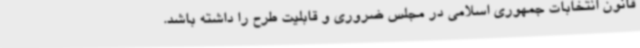
قانون انتخابات جمهوری اسلامی در مجلس ضروری و قابلیت طرح را داشته باشد.